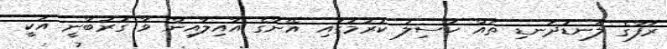
ރަފާގެ ލަނޑުދަނޑި ތައް ހާސިލު ކުރުމުގައި އޭނާގެ އާއިލާއިން ވާ ގުރުބާނީ އަކީ